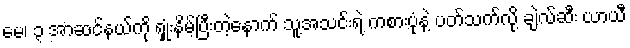
မေ၊ ၃ အာဆင်နယ်ကို ရှုံးနိမ့်ပြီးတဲ့နောက် သူ့အသင်းရဲ့ ကစားပုံနဲ့ ပတ်သက်လို့ ချဲလ်ဆီး ယာယီ